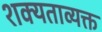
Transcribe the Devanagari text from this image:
शक्यताव्यक्त